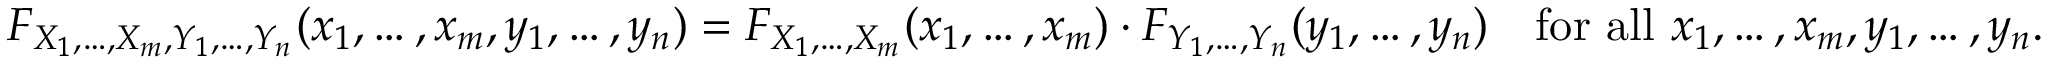
F _ { X _ { 1 } , \ldots , X _ { m } , Y _ { 1 } , \ldots , Y _ { n } } ( x _ { 1 } , \ldots , x _ { m } , y _ { 1 } , \ldots , y _ { n } ) = F _ { X _ { 1 } , \ldots , X _ { m } } ( x _ { 1 } , \ldots , x _ { m } ) \cdot F _ { Y _ { 1 } , \ldots , Y _ { n } } ( y _ { 1 } , \ldots , y _ { n } ) \quad { \mathrm { f o r ~ a l l ~ } } x _ { 1 } , \ldots , x _ { m } , y _ { 1 } , \ldots , y _ { n } .